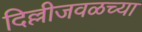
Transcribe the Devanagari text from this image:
दिल्लीजवळच्या